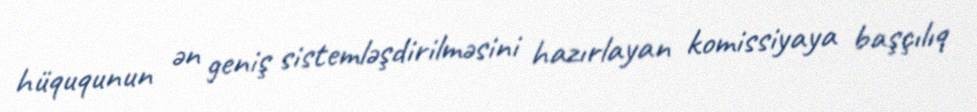
hüququnun ən geniş sistemləşdirilməsini hazırlayan komissiyaya başçılıq